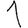
Digit: 1